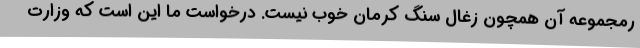
رمجموعه آن همچون زغال سنگ کرمان خوب نیست. درخواست ما این است که وزارت